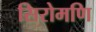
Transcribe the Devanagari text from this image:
सिरोमणि